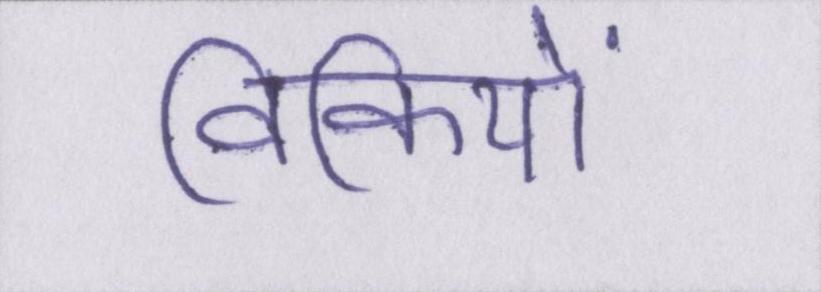
विकियों